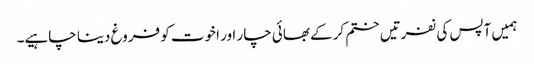
ہمیں آپس کی نفرتیں ختم کرکے بھائی چار اور اخوت کو فروغ دینا چاہیے۔